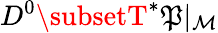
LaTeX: D^{0}\subsetT^{*}{\cal\mathfrak{P}}{\vert_{\mathcal{{M}}}}